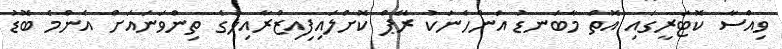
ވިއްސާ ކޮޓަރީގައި އޮތް މާބަނޑު އަންހެނަކު ރޭޕް ކޮށްލައިފިއިޒްރާއިލުގެ ތިންވަނައަށް އެންމެ ބޮޑު